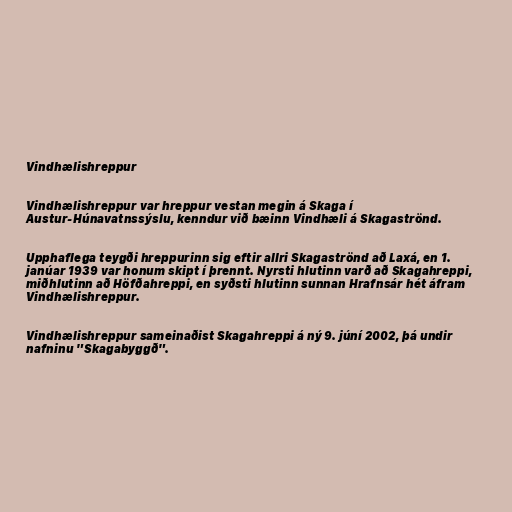
Vindhælishreppur

Vindhælishreppur var hreppur vestan megin á Skaga í
Austur-Húnavatnssýslu, kenndur við bæinn Vindhæli á Skagaströnd.

Upphaflega teygði hreppurinn sig eftir allri Skagaströnd að Laxá, en 1.
janúar 1939 var honum skipt í þrennt. Nyrsti hlutinn varð að Skagahreppi,
miðhlutinn að Höfðahreppi, en syðsti hlutinn sunnan Hrafnsár hét áfram
Vindhælishreppur.

Vindhælishreppur sameinaðist Skagahreppi á ný 9. júní 2002, þá undir
nafninu "Skagabyggð".